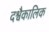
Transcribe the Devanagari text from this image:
दश्वैकालिक